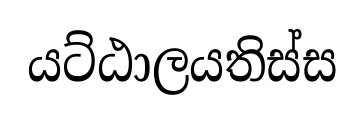
යට්ඨාලයතිස්ස